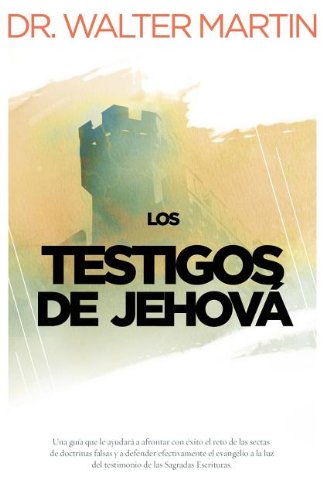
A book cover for Los testigos de JehovÃ¡ (Spanish Edition); Walter Martin; Christian Books & Bibles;